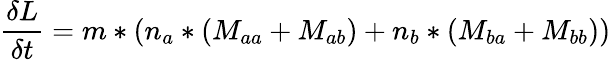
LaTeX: \frac{\delta L}{\delta t}=m*(n_{a}*(M_{aa}+M_{ab})+n_{b}*(M_{ba}+M_{bb}))